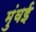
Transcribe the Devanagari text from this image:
मुंवई